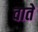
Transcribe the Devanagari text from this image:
वातें